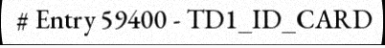
# Entry 59400 - TD1_ID_CARD